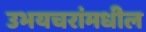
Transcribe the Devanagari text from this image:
उभयचरांमधील